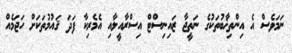
ނަމަވެސް އެ އިންތިޚާބުތަކުގެ ނަތީޖާ ޒައިނިސްޓް އިސްރާއީލާއި އެމެރިކާ ފަދަ ޤައުމުތަކަށް ހަޖަމެއް